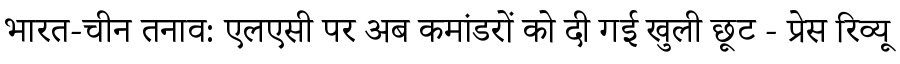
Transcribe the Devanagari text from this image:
भारत-चीन तनाव: एलएसी पर अब कमांडरों को दी गई खुली छूट - प्रेस रिव्यू